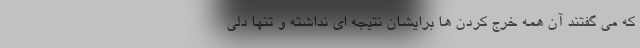
که می گفتند آن همه خرج کردن ها برایشان نتیجه ای نداشته و تنها دلی